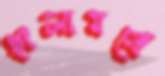
ছালামকে